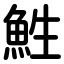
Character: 鮏